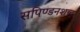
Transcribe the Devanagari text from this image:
सपिण्डनशब्द